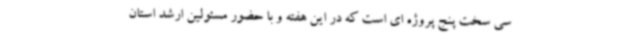
سی سخت پنج پروژه ای است که در این هفته و با حضور مسئولین ارشد استان